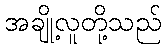
အချို့လူတို့သည်